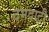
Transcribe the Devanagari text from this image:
दमदाटी